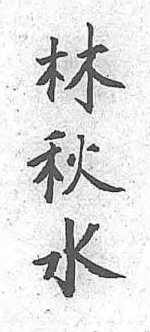
林秋水